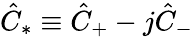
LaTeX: \hat{C}_{\ast}\equiv\hat{C}_{+}-j\hat{C}_{-}